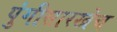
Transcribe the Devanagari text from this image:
पुंगीसारखेच